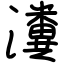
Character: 瀵